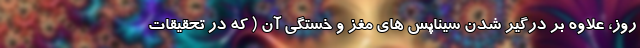
روز، علاوه بر درگیر شدن سیناپس های مغز و خستگی آن ( که در تحقیقات